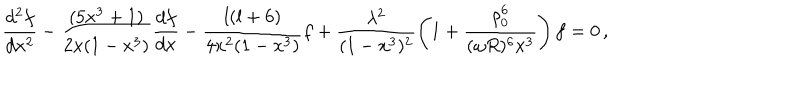
LaTeX: \frac { d ^ { 2 } f } { d x ^ { 2 } } - \frac { ( 5 x ^ { 3 } + 1 ) } { 2 x ( 1 - x ^ { 3 } ) } \frac { d f } { d x } - \frac { l ( l + 6 ) } { 4 x ^ { 2 } ( 1 - x ^ { 3 } ) } f + \frac { \lambda ^ { 2 } } { ( 1 - x ^ { 3 } ) ^ { 2 } } \left( 1 + \frac { \rho _ { 0 } ^ { 6 } } { ( \omega R ) ^ { 6 } x ^ { 3 } } \right) f = 0 \, ,